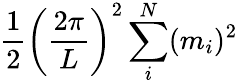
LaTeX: {\frac{1}{2}}\left({\frac{2\pi}{L}}\right)^{2}\sum_{i}^{N}(m_{i})^{2}